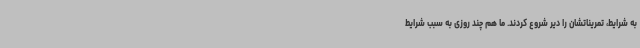
به شرایط، تمریناتشان را دیر شروع کردند. ما هم چند روزی به سبب شرایط